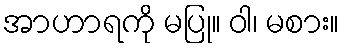
အာဟာရကို မပြု။ ဝါ၊ မစား။